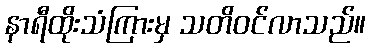
နာရီထိုးသံကြားမှ သတိဝင်လာသည်။